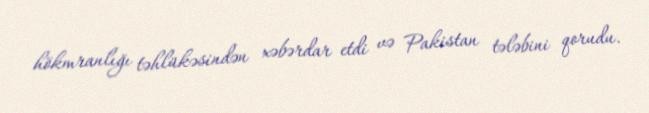
hökmranlığı təhlükəsindən xəbərdar etdi və Pakistan tələbini qorudu.